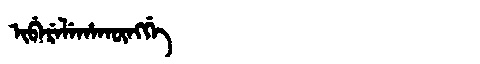
Manchu: ᡳᠪᡝᡵᡝᠯᡝᡥᠠᡴᡡᠩᡤᡝ
Romanization: IBERELEHAKŪNGGE